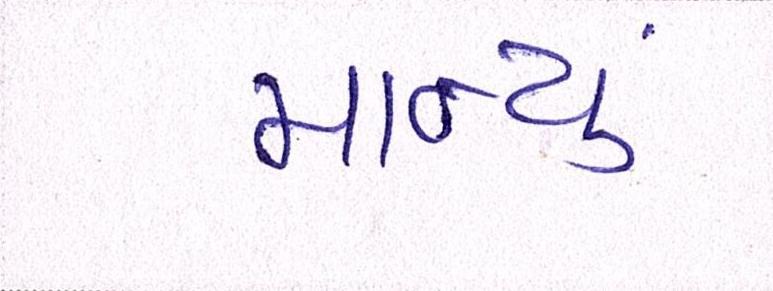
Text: માન્યું